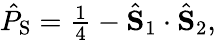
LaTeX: \begin{array}{r}{\hat{P}_{\mathrm{S}}=\frac{1}{4}-\hat{\mathbf S}_{1}\cdot\hat{\mathbf S}_{2},}\end{array}